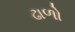
ઢાળો